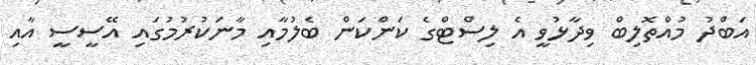
އަބްދު މުއްތޮލިބް ވިދާޅުވީ އެ ލިސްޓްގެ ކަންކަން ބެލުމާއި މާނަކުރުމުގައި އޭސީސީ އާއި